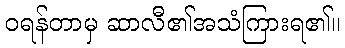
ဝရန်တာမှ ဆာလီ၏အသံကြားရ၏။